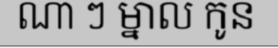
ណា ៗ ម្នាល កូន